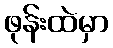
ဖုန်းထဲမှာ